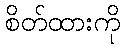
စိတ်ထားကို